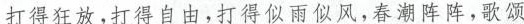
打得狂放，打得自由，打得似雨似风，春潮阵阵，歌颂